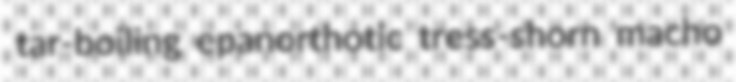
tar-boiling epanorthotic tress-shorn macho